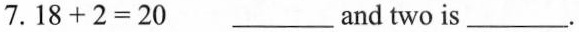
7.$$1 8 + 2 = 2 0$$ ___and two is ___.